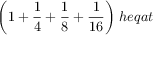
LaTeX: { \bigg ( } 1 + { \frac { 1 } { 4 } } + { \frac { 1 } { 8 } } + { \frac { 1 } { 1 6 } } { \bigg ) } \; h e q a t